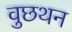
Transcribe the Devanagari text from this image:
वुछथन